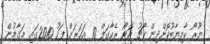
ޔޫރޯ ކާމިޔާބުކޮށްދިން ކޯޗު އޮޓޯ ރެހާގަލް 10 އަހަރަށް ފަހު 2010ގައި މަގާމުން